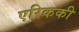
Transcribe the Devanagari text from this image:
एरिककी